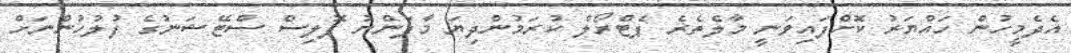
އެދެމީހުން ހައްޔަރު ކޮށްފައިވަނީ މާލެތެރެ ޕެޓްރޯލް ކުރަމުންދިޔަ މާފަންނު ޕޮލިސް ސްޓޭޝަނުގެ ފުލުހުންނަށް